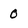
Character: 0